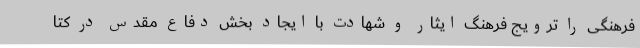
فرهنگی را ترویج فرهنگ ایثار و شهادت با ایجاد بخش دفاع مقدس در کتا